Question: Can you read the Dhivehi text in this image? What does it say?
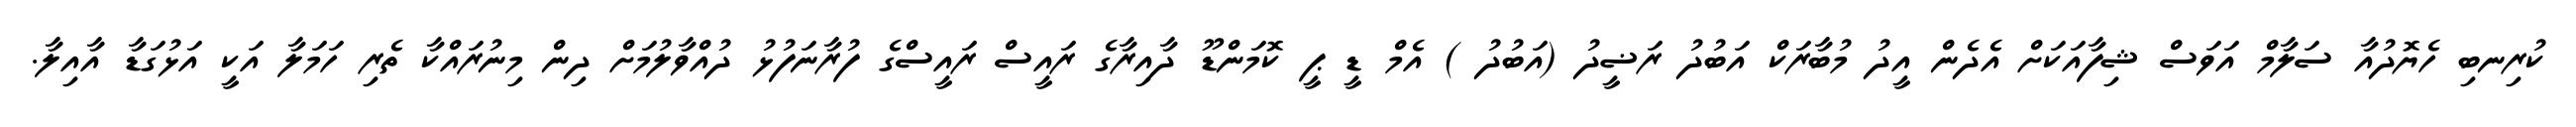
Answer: ކުރިނބި ހެޔޮދުއާ ސަލާމް އަވަސް ޝިފާއަކަށް އެދެން އީދު މުބާރަކް އަބުދު ރަޟީދު (އަބުދު ) އެމް ޑީ ޕީ ކޮމަންޑޫ ދާއިރާގެ ރައީސް ރައީސްގެ ފުރާނަފުޅު ދުއްވާލުމަށް ދިން މިނުރައްކާ ތެރި ހަމަލާ އަކީ އަޅުގަޑާ އާއިލާ.